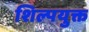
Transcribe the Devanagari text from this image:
शिल्पयुक्त